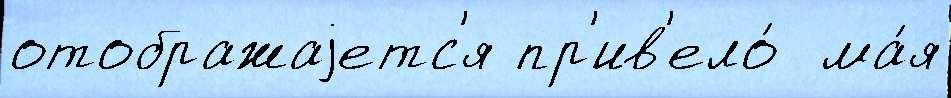
отображаjетс'я пр'ив'ело́  ма́я